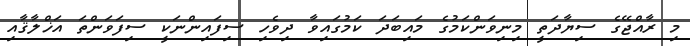
މި ރާއްޖޭގެ ސިޔާދަތީ މިނިވަންކަމުގެ މައިބަދަ ކަމުގައިވާ ދިވެހި ސިފައިންނަކީ ސިފަވަންތަ އަޚްލާޤާއި